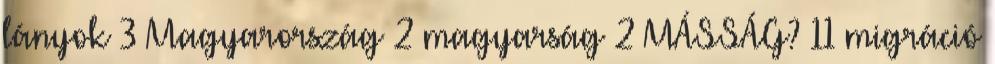
lányok 3 Magyarország 2 magyarság 2 MÁSSÁG? 11 migráció